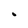
Character: O